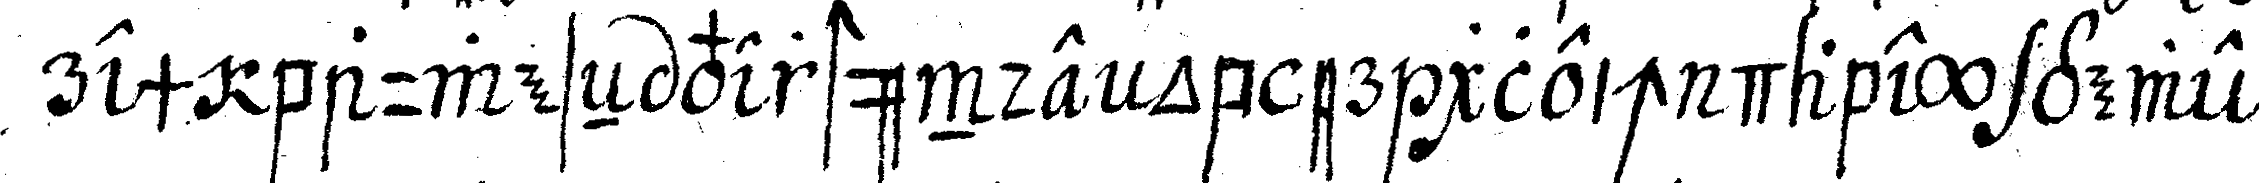
rem bauweseN verstünde ob er gleich dabey gewe